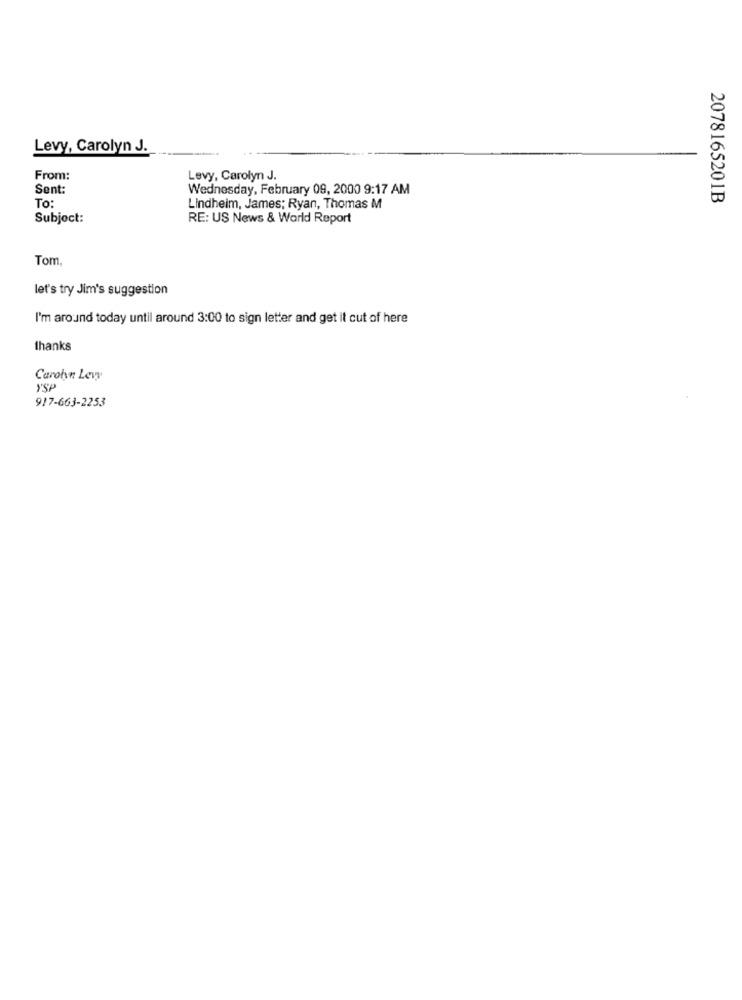
Levy, Carolyn J.
From:
Levy, Carolyn J.
Sent:
Wednesday, February 09, 2000 9:17 AM
2078165201B
To:
Lindheim, James; Ryan, Thomas M
Subject:
RE: US News & World Report
Tom,
let's try Jim's suggestion
I'm around today until around 3:00 to sign letter and get it cut of here
thanks
Carolyn Levy
YSP
917-663-2253